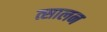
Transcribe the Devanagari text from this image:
त्सालन